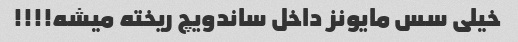
خیلی سس مایونز داخل ساندویچ ریخته میشه!!!!